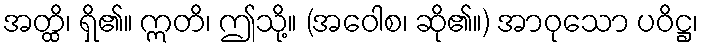
အတ္ထိ၊ ရှိ၏။ ဣတိ၊ ဤသို့။ (အဝေါစ၊ ဆို၏။) အာဝုသော ပဝိဋ္ဌ၊